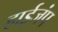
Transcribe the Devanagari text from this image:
हाईजंप